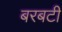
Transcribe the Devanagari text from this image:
बरबटी